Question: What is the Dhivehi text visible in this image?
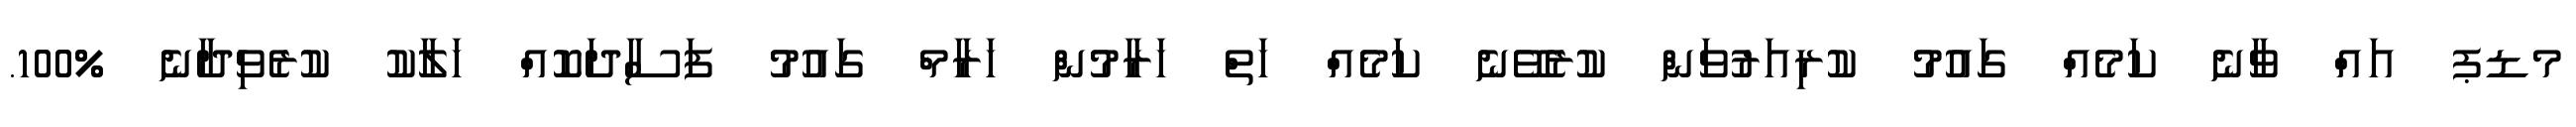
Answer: މޑޕ އައް ވާނެ ކަމެއް ގައުމު ކުރިއަރުވަން ކުރެވޭނެ ކަމެއް ހަތް ހަރާމުން ހަރާމް ގައުމު ފަސާދަކޮއް ހަލާކު ކުރެވިދާނެ %100.